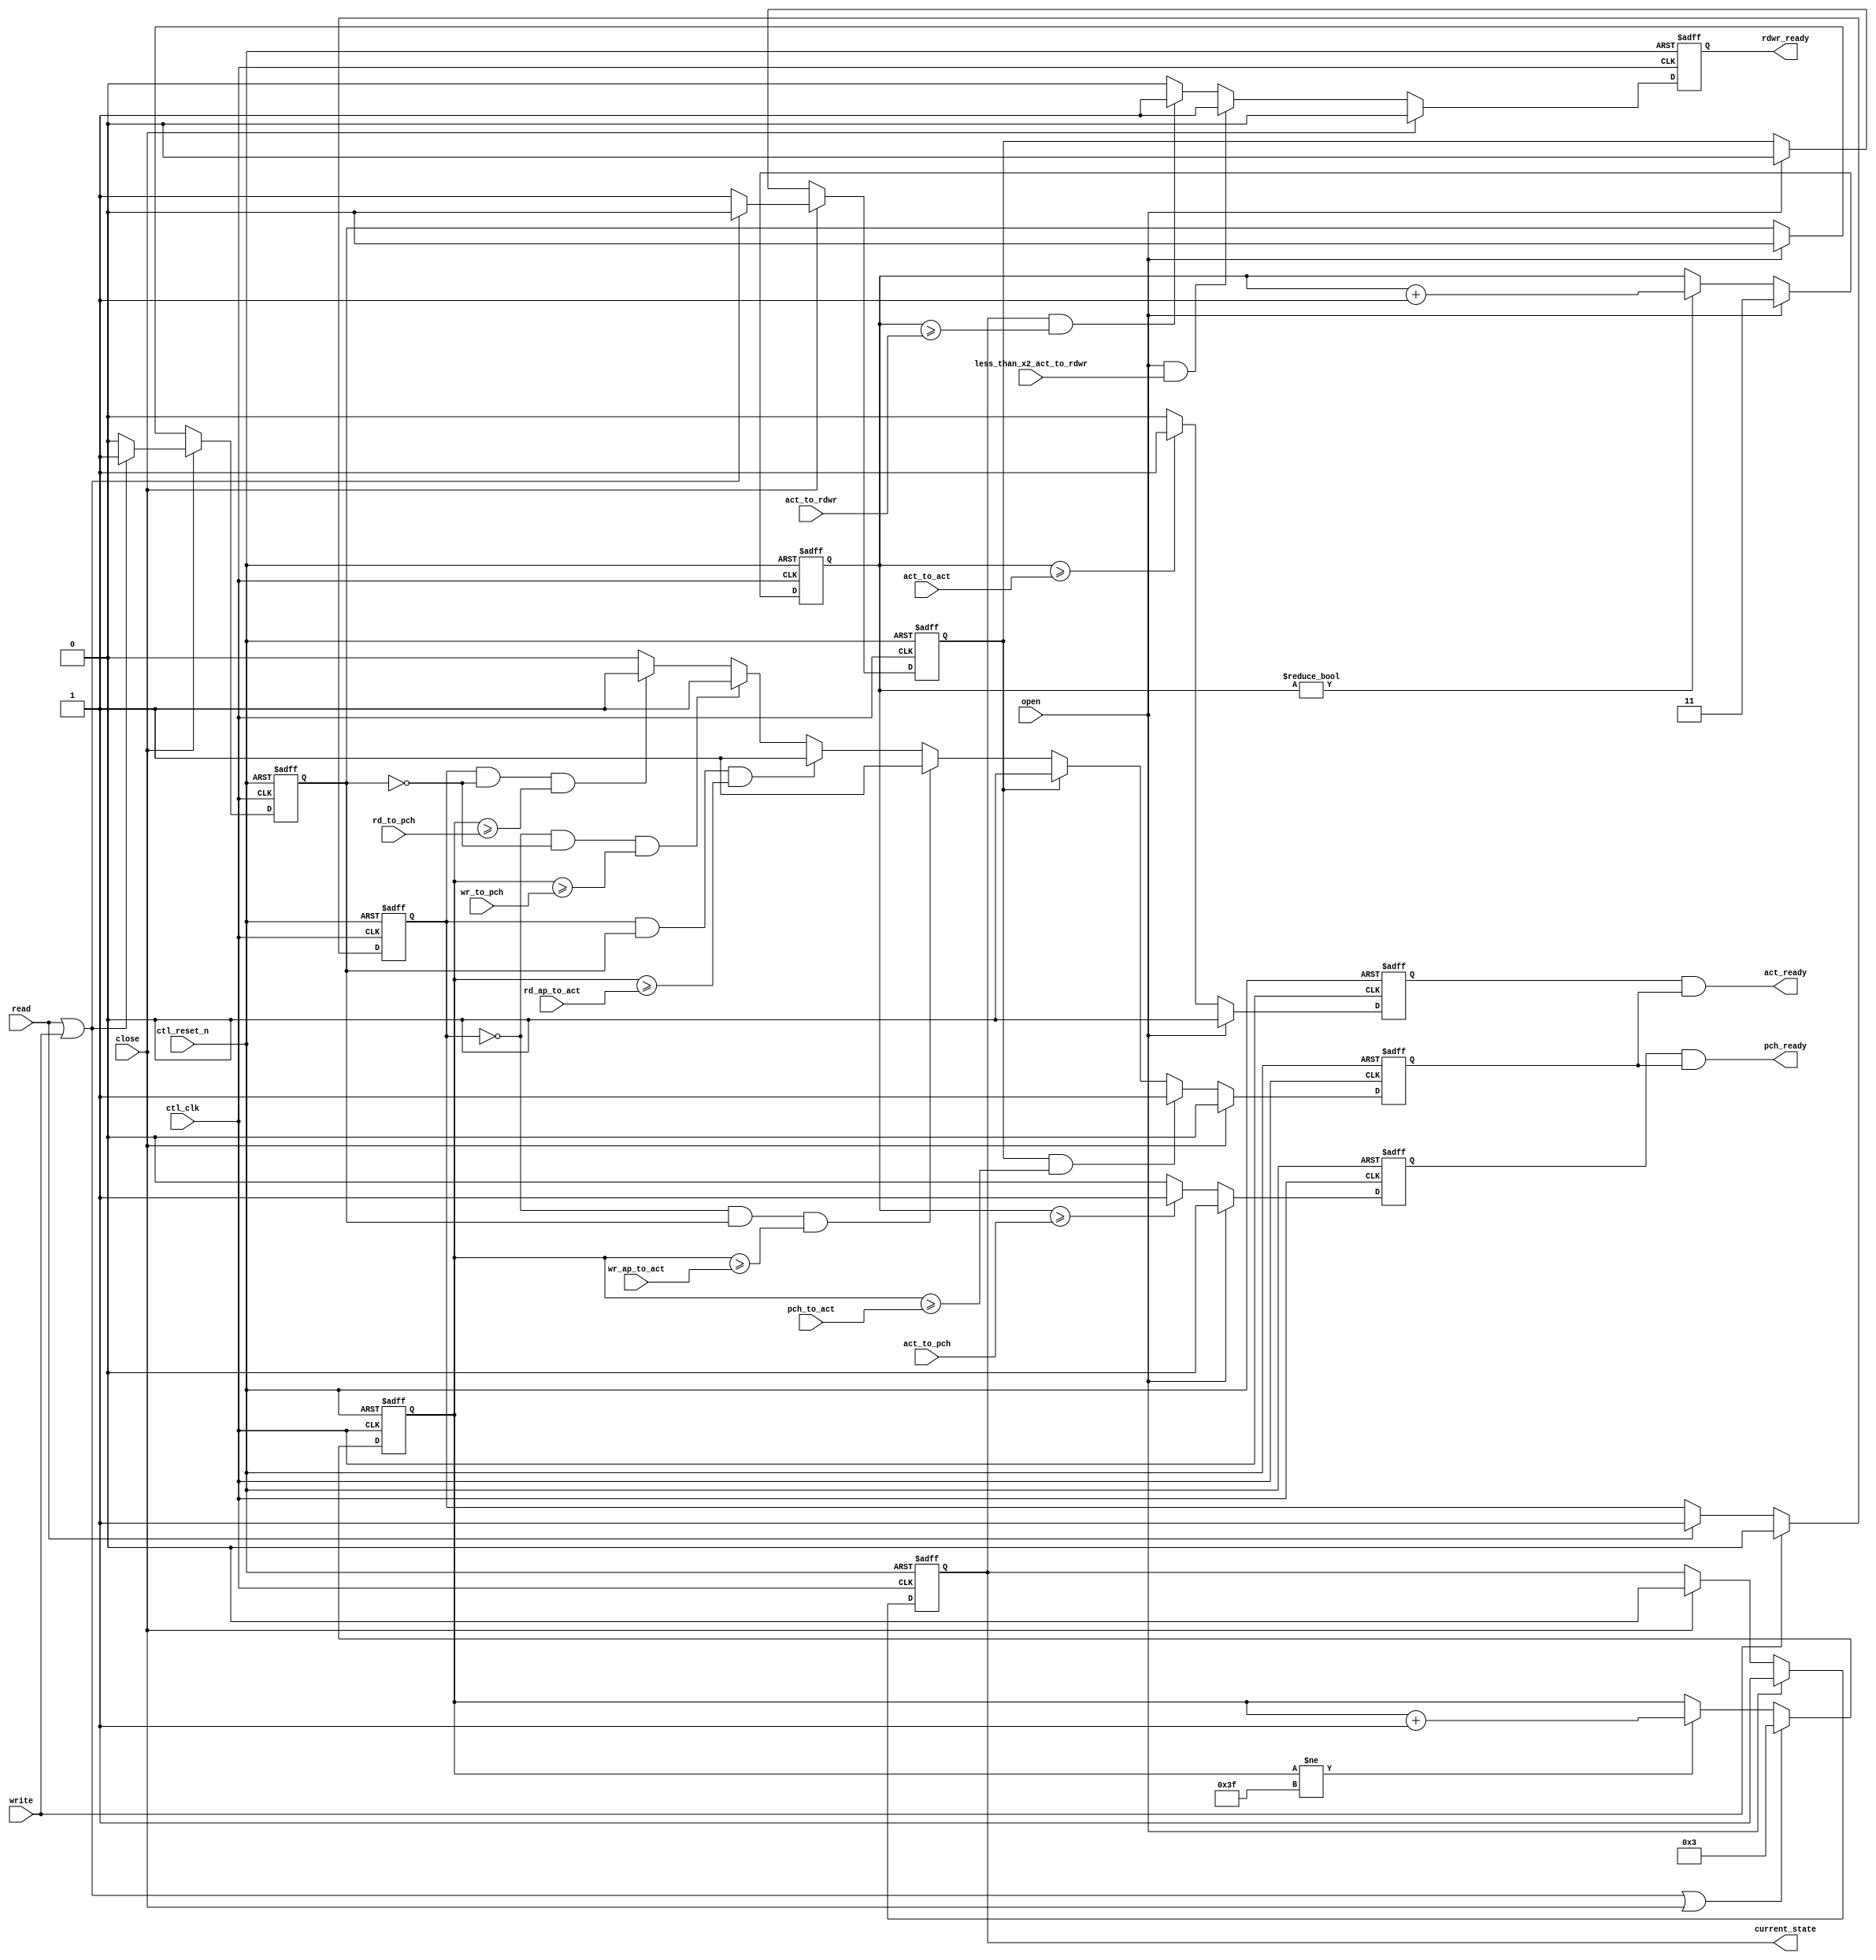
module alt_ddrx_bank_timer_info #
    ( parameter
        ACT_TO_RDWR_WIDTH         = 0,     // these parameters need to be set for this module to work correctly
        ACT_TO_ACT_WIDTH          = 0,     // these parameters need to be set for this module to work correctly
        ACT_TO_PCH_WIDTH          = 0,     // these parameters need to be set for this module to work correctly
        RD_TO_PCH_WIDTH           = 0,     // these parameters need to be set for this module to work correctly
        WR_TO_PCH_WIDTH           = 0,     // these parameters need to be set for this module to work correctly
        RD_AP_TO_ACT_WIDTH        = 0,     // these parameters need to be set for this module to work correctly
        WR_AP_TO_ACT_WIDTH        = 0,     // these parameters need to be set for this module to work correctly
        PCH_TO_ACT_WIDTH          = 0,     // these parameters need to be set for this module to work correctly
        
        BANK_TIMER_COUNTER_OFFSET = 3,
        
        MEM_IF_ROW_WIDTH          = 16,
        CLOSE_PAGE_POLICY         = 1
    )
    (
        ctl_clk,
        ctl_reset_n,
        
        // timing information
        act_to_rdwr,
        act_to_act,
        act_to_pch,
        rd_to_pch,
        wr_to_pch,
        rd_ap_to_act,
        wr_ap_to_act,
        pch_to_act,
        
        less_than_x2_act_to_rdwr,
        
        // inputs
        open,
        close,
        read,
        write,
        
        // outputs
        current_state,
        rdwr_ready,
        act_ready,
        pch_ready
    );

input  ctl_clk;
input  ctl_reset_n;

// timing information
input  [ACT_TO_RDWR_WIDTH   - 1 : 0] act_to_rdwr;
input  [ACT_TO_ACT_WIDTH    - 1 : 0] act_to_act;
input  [ACT_TO_PCH_WIDTH    - 1 : 0] act_to_pch;
input  [RD_TO_PCH_WIDTH     - 1 : 0] rd_to_pch;
input  [WR_TO_PCH_WIDTH     - 1 : 0] wr_to_pch;
input  [RD_AP_TO_ACT_WIDTH  - 1 : 0] rd_ap_to_act;
input  [WR_AP_TO_ACT_WIDTH  - 1 : 0] wr_ap_to_act;
input  [PCH_TO_ACT_WIDTH    - 1 : 0] pch_to_act;

input  less_than_x2_act_to_rdwr;

// inputs
input                             open;
input                             close;
input                             read;
input                             write;

// outputs
output                            current_state; // 0/1 represents IDLE/ACTIVE state
output                            rdwr_ready;
output                            act_ready;
output                            pch_ready;

//---------------------------------------------------------------------------------------------------------------------------------------------------------------------------

/*------------------------------------------------------------------------------

    [START] Registers & Wires

------------------------------------------------------------------------------*/
    localparam ACT_COUNTER_WIDTH     = ACT_TO_ACT_WIDTH; // similar to act_to_act width
    localparam GENERAL_COUNTER_WIDTH = 6;                // 0 - 63, should be enough for all timing values
    
    reg                              current_state;
    reg                              rdwr_ready;
    reg                              act_ready;
    reg                              pch_ready;
    reg                              doing_read;
    reg                              doing_auto_precharge;
    reg                              doing_precharge;
    
    reg   int_act_to_act_ready;
    reg   int_act_to_pch_ready;
    reg   int_rdwr_to_valid_ready;
    
    reg   [ACT_COUNTER_WIDTH     - 1 : 0] act_counter;
    reg   [GENERAL_COUNTER_WIDTH - 1 : 0] general_counter;
/*------------------------------------------------------------------------------

    [END] Registers & Wires

------------------------------------------------------------------------------*/

//---------------------------------------------------------------------------------------------------------------------------------------------------------------------------

/*------------------------------------------------------------------------------

    [START] General Logics

------------------------------------------------------------------------------*/
    // General counter
    always @ (posedge ctl_clk or negedge ctl_reset_n)
    begin
        if (!ctl_reset_n)
        begin
            act_counter <= 0;
        end
        else
        begin
            if (open)
                act_counter <= BANK_TIMER_COUNTER_OFFSET;
            else if (act_counter != {ACT_COUNTER_WIDTH{1'b1}})
                act_counter <= act_counter + 1'b1;
        end
    end
    
    // Read write counter
    always @ (posedge ctl_clk or negedge ctl_reset_n)
    begin
        if (!ctl_reset_n)
        begin
            general_counter <= 0;
        end
        else
        begin
            if (read || write || close)
                general_counter <= BANK_TIMER_COUNTER_OFFSET;
            else if (general_counter != {GENERAL_COUNTER_WIDTH{1'b1}})
                general_counter <= general_counter + 1'b1;
        end
    end
    
    // keep track of read/write command
    // '1' during read
    // '0' during write
    always @ (posedge ctl_clk or negedge ctl_reset_n)
    begin
        if (!ctl_reset_n)
            doing_read <= 1'b0;
        else
        begin
            if (write)
                doing_read  <= 1'b0;
            else if (read)
                doing_read  <= 1'b1;
        end
    end
    
    // keep track of precharge command
    always @ (posedge ctl_clk or negedge ctl_reset_n)
    begin
        if (!ctl_reset_n)
        begin
            doing_auto_precharge <= 1'b0;
            doing_precharge      <= 1'b0;
        end
        else
        begin
            if (close)
            begin
                if (read || write)
                begin
                    doing_auto_precharge <= 1'b1;
                    doing_precharge      <= 1'b0;
                end
                else
                begin
                    doing_auto_precharge <= 1'b0;
                    doing_precharge      <= 1'b1;
                end
            end
            else if (open)
            begin
                doing_auto_precharge <= 1'b0;
                doing_precharge      <= 1'b0;
            end
        end
    end
    
    /*------------------------------------------------------------------------------
        Bank Status
    ------------------------------------------------------------------------------*/
    // Store current state, 0 for IDLE and 1 for ACTIVE
    always @ (posedge ctl_clk or negedge ctl_reset_n)
    begin
        if (!ctl_reset_n)
        begin
            current_state <= 1'b0;
        end
        else
        begin
            if (open)
                current_state <= 1'b1;
            else if (close)
                current_state <= 1'b0;
        end
    end
    
    /*------------------------------------------------------------------------------
        ACT to RD/WR (tRCD)
    ------------------------------------------------------------------------------*/
    // keep track of tRCD
    always @ (posedge ctl_clk or negedge ctl_reset_n)
    begin
        if (!ctl_reset_n)
        begin
            rdwr_ready <= 1'b0;
        end
        else
        begin
            if (close)
                rdwr_ready <= 1'b0;
            else if (open && less_than_x2_act_to_rdwr)
                rdwr_ready <= 1'b1;
            else if (current_state && act_counter >= act_to_rdwr) // only enable after page opened
                rdwr_ready <= 1'b1;
            else
                rdwr_ready <= 1'b0;
        end
    end
    
    /*------------------------------------------------------------------------------
        ACT to ACT (tRC)
    ------------------------------------------------------------------------------*/
    // keep track of tRC
    always @ (posedge ctl_clk or negedge ctl_reset_n)
    begin
        if (!ctl_reset_n)
        begin
            int_act_to_act_ready <= 1'b1;
        end
        else
        begin
            if (open) // immediately de-assert act_ready after an activate is issued to a bank
                int_act_to_act_ready <= 1'b0;
            else if (act_counter >= act_to_act)
                int_act_to_act_ready <= 1'b1;
            else
                int_act_to_act_ready <= 1'b0;
        end
    end
    
    
    
    /*------------------------------------------------------------------------------
        RD/WR(AP) to VALID
    ------------------------------------------------------------------------------*/
    always @ (posedge ctl_clk or negedge ctl_reset_n)
    begin
        if (!ctl_reset_n)
        begin
            int_rdwr_to_valid_ready <= 1'b0;
        end
        else
        begin
            if (close)
                int_rdwr_to_valid_ready <= 1'b0; // deassert immediately after close signal detected
            else
            begin
                if (doing_precharge && general_counter >= pch_to_act) // PCH to ACT
                    int_rdwr_to_valid_ready <= 1'b1;
                else if (!doing_precharge)
                begin
                    if (!doing_read &&  doing_auto_precharge && general_counter >= wr_ap_to_act) // WRAP to ACT
                        int_rdwr_to_valid_ready <= 1'b1;
                    else if ( doing_read &&  doing_auto_precharge && general_counter >= rd_ap_to_act) // RDAP to ACT
                        int_rdwr_to_valid_ready <= 1'b1;
                    else if (!doing_read && !doing_auto_precharge && general_counter >= wr_to_pch)    // WR to PCH
                        int_rdwr_to_valid_ready <= 1'b1;
                    else if ( doing_read && !doing_auto_precharge && general_counter >= rd_to_pch)    // RD to PCH
                        int_rdwr_to_valid_ready <= 1'b1;
                    else
                        int_rdwr_to_valid_ready <= 1'b0;
                end
                else
                    int_rdwr_to_valid_ready <= 1'b0;
            end
        end
    end
    
    /*------------------------------------------------------------------------------
        ACT to PCH (tRAS)
    ------------------------------------------------------------------------------*/
    // keep track of tRAS
    always @ (posedge ctl_clk or negedge ctl_reset_n)
    begin
        if (!ctl_reset_n)
        begin
            int_act_to_pch_ready <= 1'b0;
        end
        else
        begin
            if (open) // immediately de-assert pch_ready after an activate is issued to a bank
                int_act_to_pch_ready <= 1'b0;
            else if (act_counter >= act_to_pch)
                int_act_to_pch_ready <= 1'b1;
            else
                int_act_to_pch_ready <= 1'b0;
        end
    end
    
    /*------------------------------------------------------------------------------
        ACT/PCH Ready
    ------------------------------------------------------------------------------*/
    always @ (*)
    begin
        act_ready = int_act_to_act_ready & int_rdwr_to_valid_ready;
    end
    
    always @ (*)
    begin
        pch_ready = int_act_to_pch_ready & int_rdwr_to_valid_ready;
    end
    
/*------------------------------------------------------------------------------

    [END] General Logics

------------------------------------------------------------------------------*/

endmodule